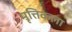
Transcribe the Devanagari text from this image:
मृत्तिकला